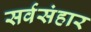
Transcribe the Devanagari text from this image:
सर्वसंहार